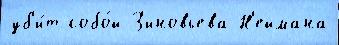
уб'и́т собо́й З'иновьева Н'еймана